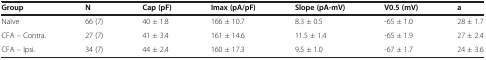
<table><thead><tr><td><b>Group</b></td><td><b>N</b></td><td><b>Cap (pF)</b></td><td><b>Imax (pA/pF)</b></td><td><b>Slope (pA-mV)</b></td><td><b>V0.5 (mV)</b></td><td><b>a</b></td></tr></thead><tbody><tr><td>Naïve</td><td>66 (7)</td><td>40 ± 1.8</td><td>166 ± 10.7</td><td>8.3 ± 0.5</td><td>-65 ± 1.0</td><td>28 ± 1.7</td></tr><tr><td>CFA – Contra.</td><td>27 (7)</td><td>41 ± 3.4</td><td>161 ± 14.6</td><td>11.5 ± 1.4</td><td>-65 ± 1.9</td><td>27 ± 2.4</td></tr><tr><td>CFA – Ipsi.</td><td>34 (7)</td><td>44 ± 2.4</td><td>160 ± 17.3</td><td>9.5 ± 1.0</td><td>-67 ± 1.7</td><td>24 ± 3.6</td></tr></tbody></table>